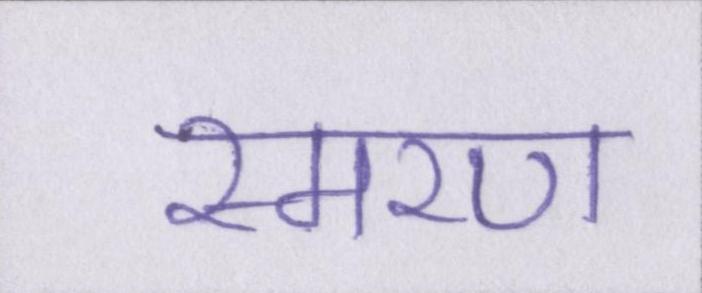
स्मरण